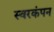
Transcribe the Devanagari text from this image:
स्वरकंपन